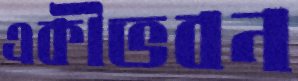
একীভবন